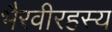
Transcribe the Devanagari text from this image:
भैरवीरहस्य